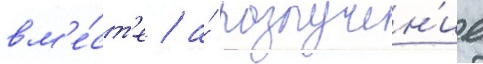
вм'е́ст'е / а́ разлучен'ие